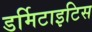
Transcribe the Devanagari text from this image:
डर्मिटाइटिस